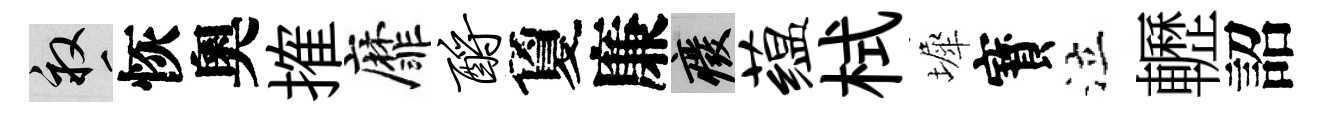
畝恢奧搉靡酹夐廉廢蕴栻墀寳泣轣詔